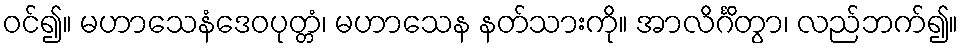
ဝင်၍။ မဟာသေနံဒေဝပုတ္တံ၊ မဟာသေန နတ်သားကို။ အာလိင်္ဂိတွာ၊ လည်ဘက်၍။